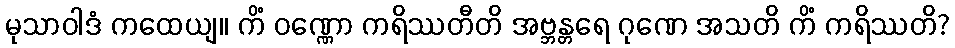
မုသာဝါဒံ ကထေယျ။ ကိံ ဝဏ္ဏော ကရိဿတီတိ အဗ္ဘန္တရေ ဂုဏေ အသတိ ကိံ ကရိဿတိ?